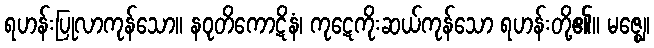
ရဟန်းပြုလာကုန်သော။ နဝုတိကောဋိနံ၊ ကုဋေကိုးဆယ်ကုန်သော ရဟန်းတို့၏။ မဇ္ဈေ၊